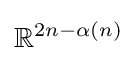
\mathbb {R} ^{2n-\alpha (n)}